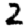
Digit: 2